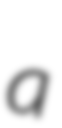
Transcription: a